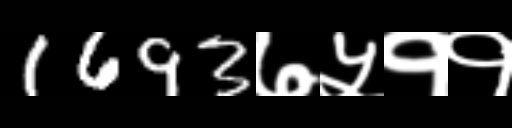
Text: 1693७५११